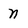
Character: n